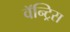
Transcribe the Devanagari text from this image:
वॅन्ट्रिस